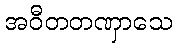
အဝီတတဏှာသေ